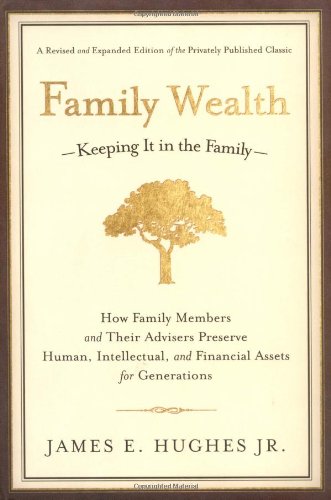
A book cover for Family Wealth--Keeping It in the Family: How Family Members and Their Advisers Preserve Human, Intellectual, and Financial Assets for Generations; James E. Hughes Jr.; Business & Money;